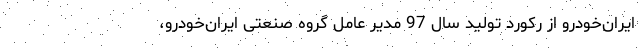
ایران‌خودرو از رکورد تولید سال 97 مدیر عامل گروه صنعتی ایران‌خودرو،